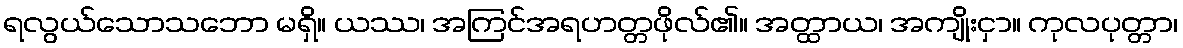
ရလွယ်သောသဘော မရှိ။ ယဿ၊ အကြင်အရဟတ္တဖိုလ်၏။ အတ္ထာယ၊ အကျိုးငှာ။ ကုလပုတ္တာ၊